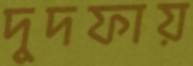
দুদফায়